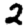
Digit: 2